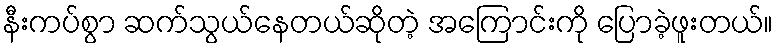
နီးကပ်စွာ ဆက်သွယ်နေတယ်ဆိုတဲ့ အကြောင်းကို ပြောခဲ့ဖူးတယ်။